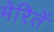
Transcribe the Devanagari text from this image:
मेरितें